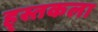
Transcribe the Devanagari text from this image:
ह्स्तकला